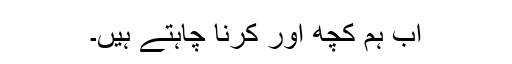
اب ہم کچھ اور کرنا چاہتے ہیں۔